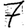
Digit: 7